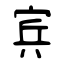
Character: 宾